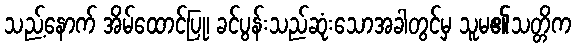
သည့်နောက် အိမ်ထောင်ပြု၊ ခင်ပွန်းသည်ဆုံးသောအခါတွင်မှ သူမ၏သတ္တိက